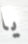
يا